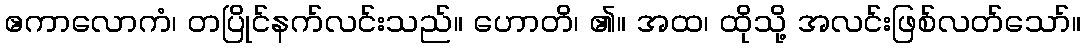
ဧကာလောကံ၊ တပြိုင်နက်လင်းသည်။ ဟောတိ၊ ၏။ အထ၊ ထိုသို့ အလင်းဖြစ်လတ်သော်။